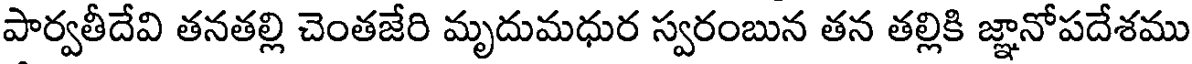
పార్వతీదేవి తనతల్లి చెంతజేరి మృదుమధుర స్వరంబున తన తల్లికి జ్ఞానోపదేశము